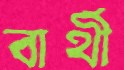
বার্থী